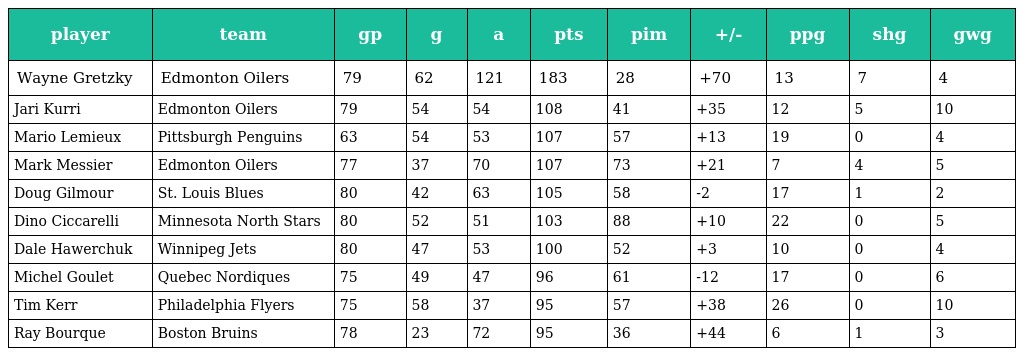
| player | team | gp | g | a | pts | pim | +/- | ppg | shg | gwg |
 | --- | --- | --- | --- | --- | --- | --- | --- | --- | --- | --- |
 | Wayne Gretzky | Edmonton Oilers | 79 | 62 | 121 | 183 | 28 | +70 | 13 | 7 | 4 |
 | Jari Kurri | Edmonton Oilers | 79 | 54 | 54 | 108 | 41 | +35 | 12 | 5 | 10 |
 | Mario Lemieux | Pittsburgh Penguins | 63 | 54 | 53 | 107 | 57 | +13 | 19 | 0 | 4 |
 | Mark Messier | Edmonton Oilers | 77 | 37 | 70 | 107 | 73 | +21 | 7 | 4 | 5 |
 | Doug Gilmour | St. Louis Blues | 80 | 42 | 63 | 105 | 58 | -2 | 17 | 1 | 2 |
 | Dino Ciccarelli | Minnesota North Stars | 80 | 52 | 51 | 103 | 88 | +10 | 22 | 0 | 5 |
 | Dale Hawerchuk | Winnipeg Jets | 80 | 47 | 53 | 100 | 52 | +3 | 10 | 0 | 4 |
 | Michel Goulet | Quebec Nordiques | 75 | 49 | 47 | 96 | 61 | -12 | 17 | 0 | 6 |
 | Tim Kerr | Philadelphia Flyers | 75 | 58 | 37 | 95 | 57 | +38 | 26 | 0 | 10 |
 | Ray Bourque | Boston Bruins | 78 | 23 | 72 | 95 | 36 | +44 | 6 | 1 | 3 |